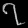
Digit: ၇